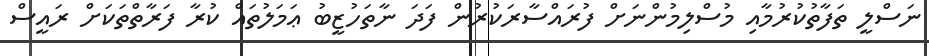
ނަސްލީ ތަފާތުކުރުމާއި މުސްލިމުންނަށް ފުރައްސާރަކުރުން ފަދަ ނާތަހުޒީބު ޢަމަލުތައް ކުރާ ފަރާތްތަކަށް ރައީސް